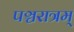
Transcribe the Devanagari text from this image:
पञ्चरात्रम्‌